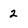
Character: 2